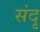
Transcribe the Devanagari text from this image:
संदृ